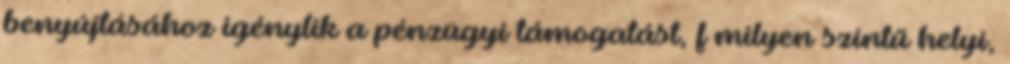
benyújtásához igénylik a pénzügyi támogatást, f milyen szintű helyi,